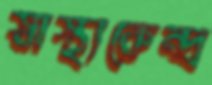
স্বাস্থ্যকেন্দ্র